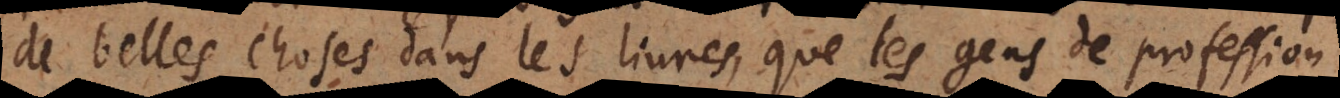
de belles choses dans les livres, que les gens de profession